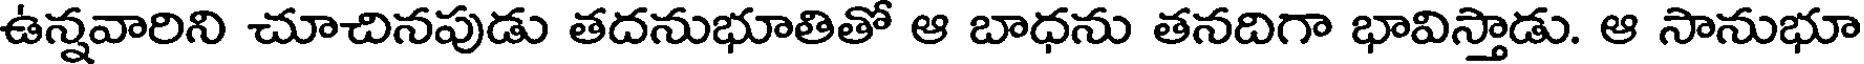
ఉన్నవారిని చూచినపుడు తదనుభూతితో ఆ బాధను తనదిగా భావిస్తాడు. ఆ సానుభూ